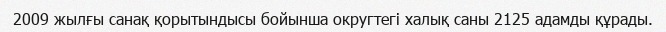
2009 жылғы санақ қорытындысы бойынша округтегі халық саны 2125 адамды құрады.